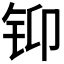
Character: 𲇳